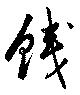
銭